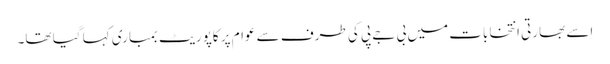
اِسے بھارتی انتخابات میں بی جے پی کی طرف سے عوام پر کاپوریٹ بمباری کہا گیا تھا۔